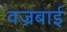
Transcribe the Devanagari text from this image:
वज्रबाई